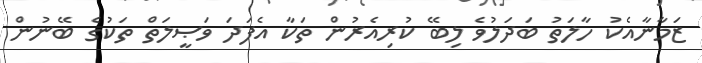
ޒަމާނާއެކު ހާލަތު ބަދަލުވެ ލިބޭ ކުރިއެރުން ތަކާ އެފަދަ ވަޞީލަތް ތަކުގެ ބޭނުން